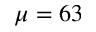
\mu = 6 3